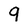
Character: 9